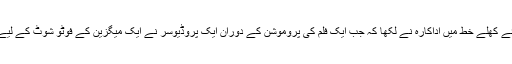
اپنے شوہر آسٹن کیچر کی ویب سائٹ اے پلس پر لکھے گئے کھلے خط میں اداکارہ نے لکھا کہ جب ایک فلم کی پروموشن کے دوران ایک پروڈیوسر نے ایک میگزین کے فوٹو شوٹ کے لیے نامناسب ملبوسات پہننے کا کہا تو انہوں نے انکار کردیا۔